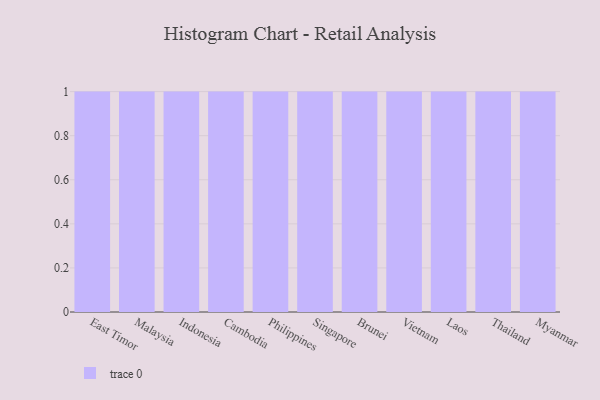
{"axis": {"x": "Country", "y": "Inventory Turnover"}, "legend": [""], "data": [{"x": "East Timor", "y": 4, "type": ""}, {"x": "Malaysia", "y": 90, "type": ""}, {"x": "Indonesia", "y": 44, "type": ""}, {"x": "Cambodia", "y": 86, "type": ""}, {"x": "Philippines", "y": 15, "type": ""}, {"x": "Singapore", "y": 100, "type": ""}, {"x": "Brunei", "y": 24, "type": ""}, {"x": "Vietnam", "y": 42, "type": ""}, {"x": "Laos", "y": 46, "type": ""}, {"x": "Thailand", "y": 25, "type": ""}, {"x": "Myanmar", "y": 82, "type": ""}]}